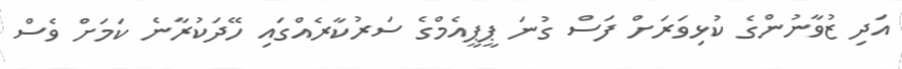
އަދި ޒުވާނުންގެ ކުޅިވަރަށް ފަސް ގުނަ ޕީޕީއެމްގެ ސަރުކާރެއްގައި ހޭދަކުރާނެ ކަމަށް ވެސް